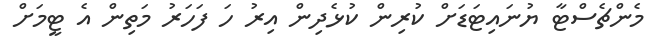
މެންޗެސްޓާ ޔުނައިޓަޑަށް ކުރިން ކުޅެދިން އިރު ހަ ފަހަރު މަތިން އެ ޓީމަށް